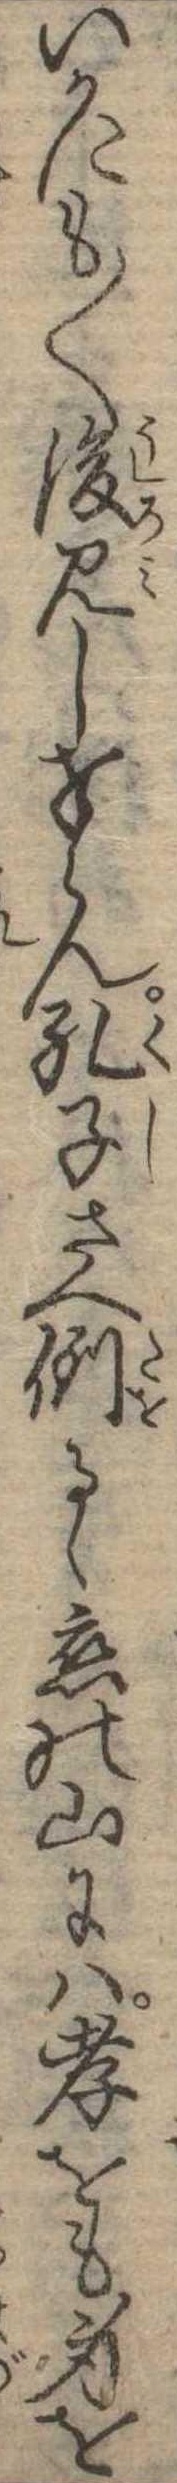
いかにも〱後見し奉らん孔子さへ倒るゝ恋の山には孝をも身を